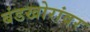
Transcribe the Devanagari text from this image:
बंडखोरांवर